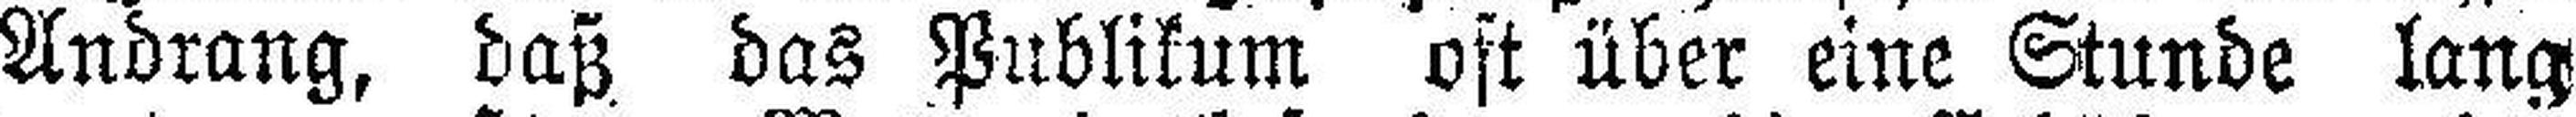
Andrang, daß das Publikum oft über eine Stunde lang